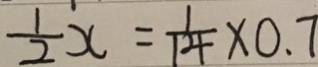
\frac { 1 } { 2 } x = \frac { 1 } { 1 4 } \times 0 . 7